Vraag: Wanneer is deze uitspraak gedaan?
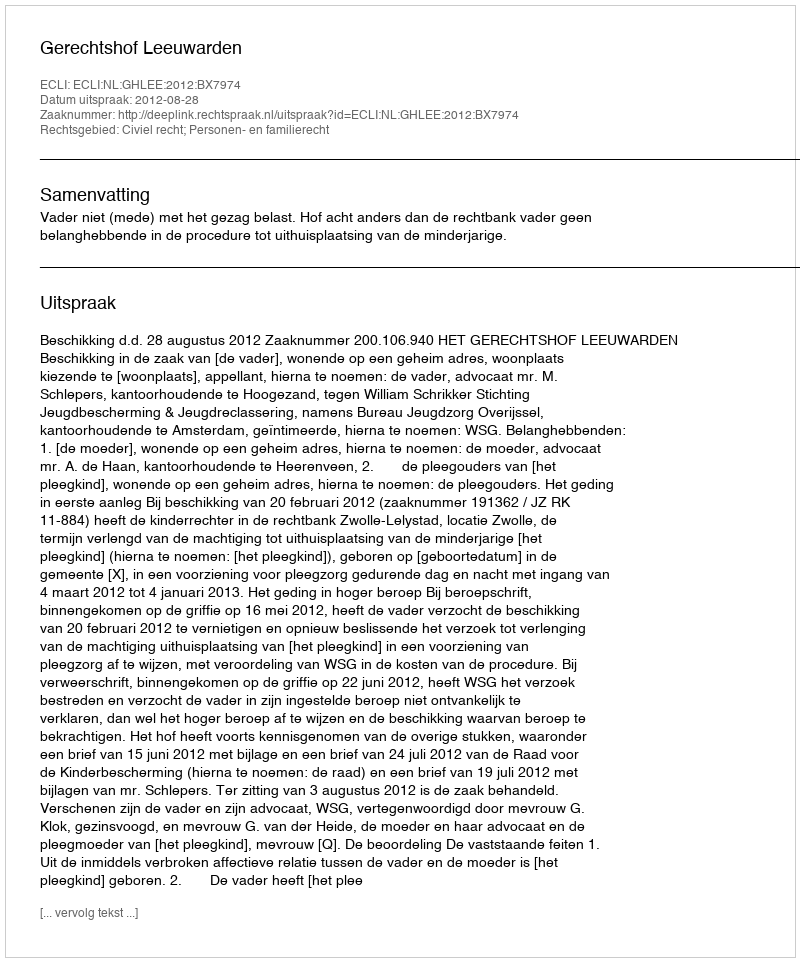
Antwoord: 2012-08-28